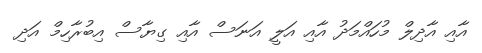
އާއި އާދިލް މުހައްމަދު އާއި އަލީ އަނަސް އާއި ގިޔާސް އިބުރާހިމް އަދި